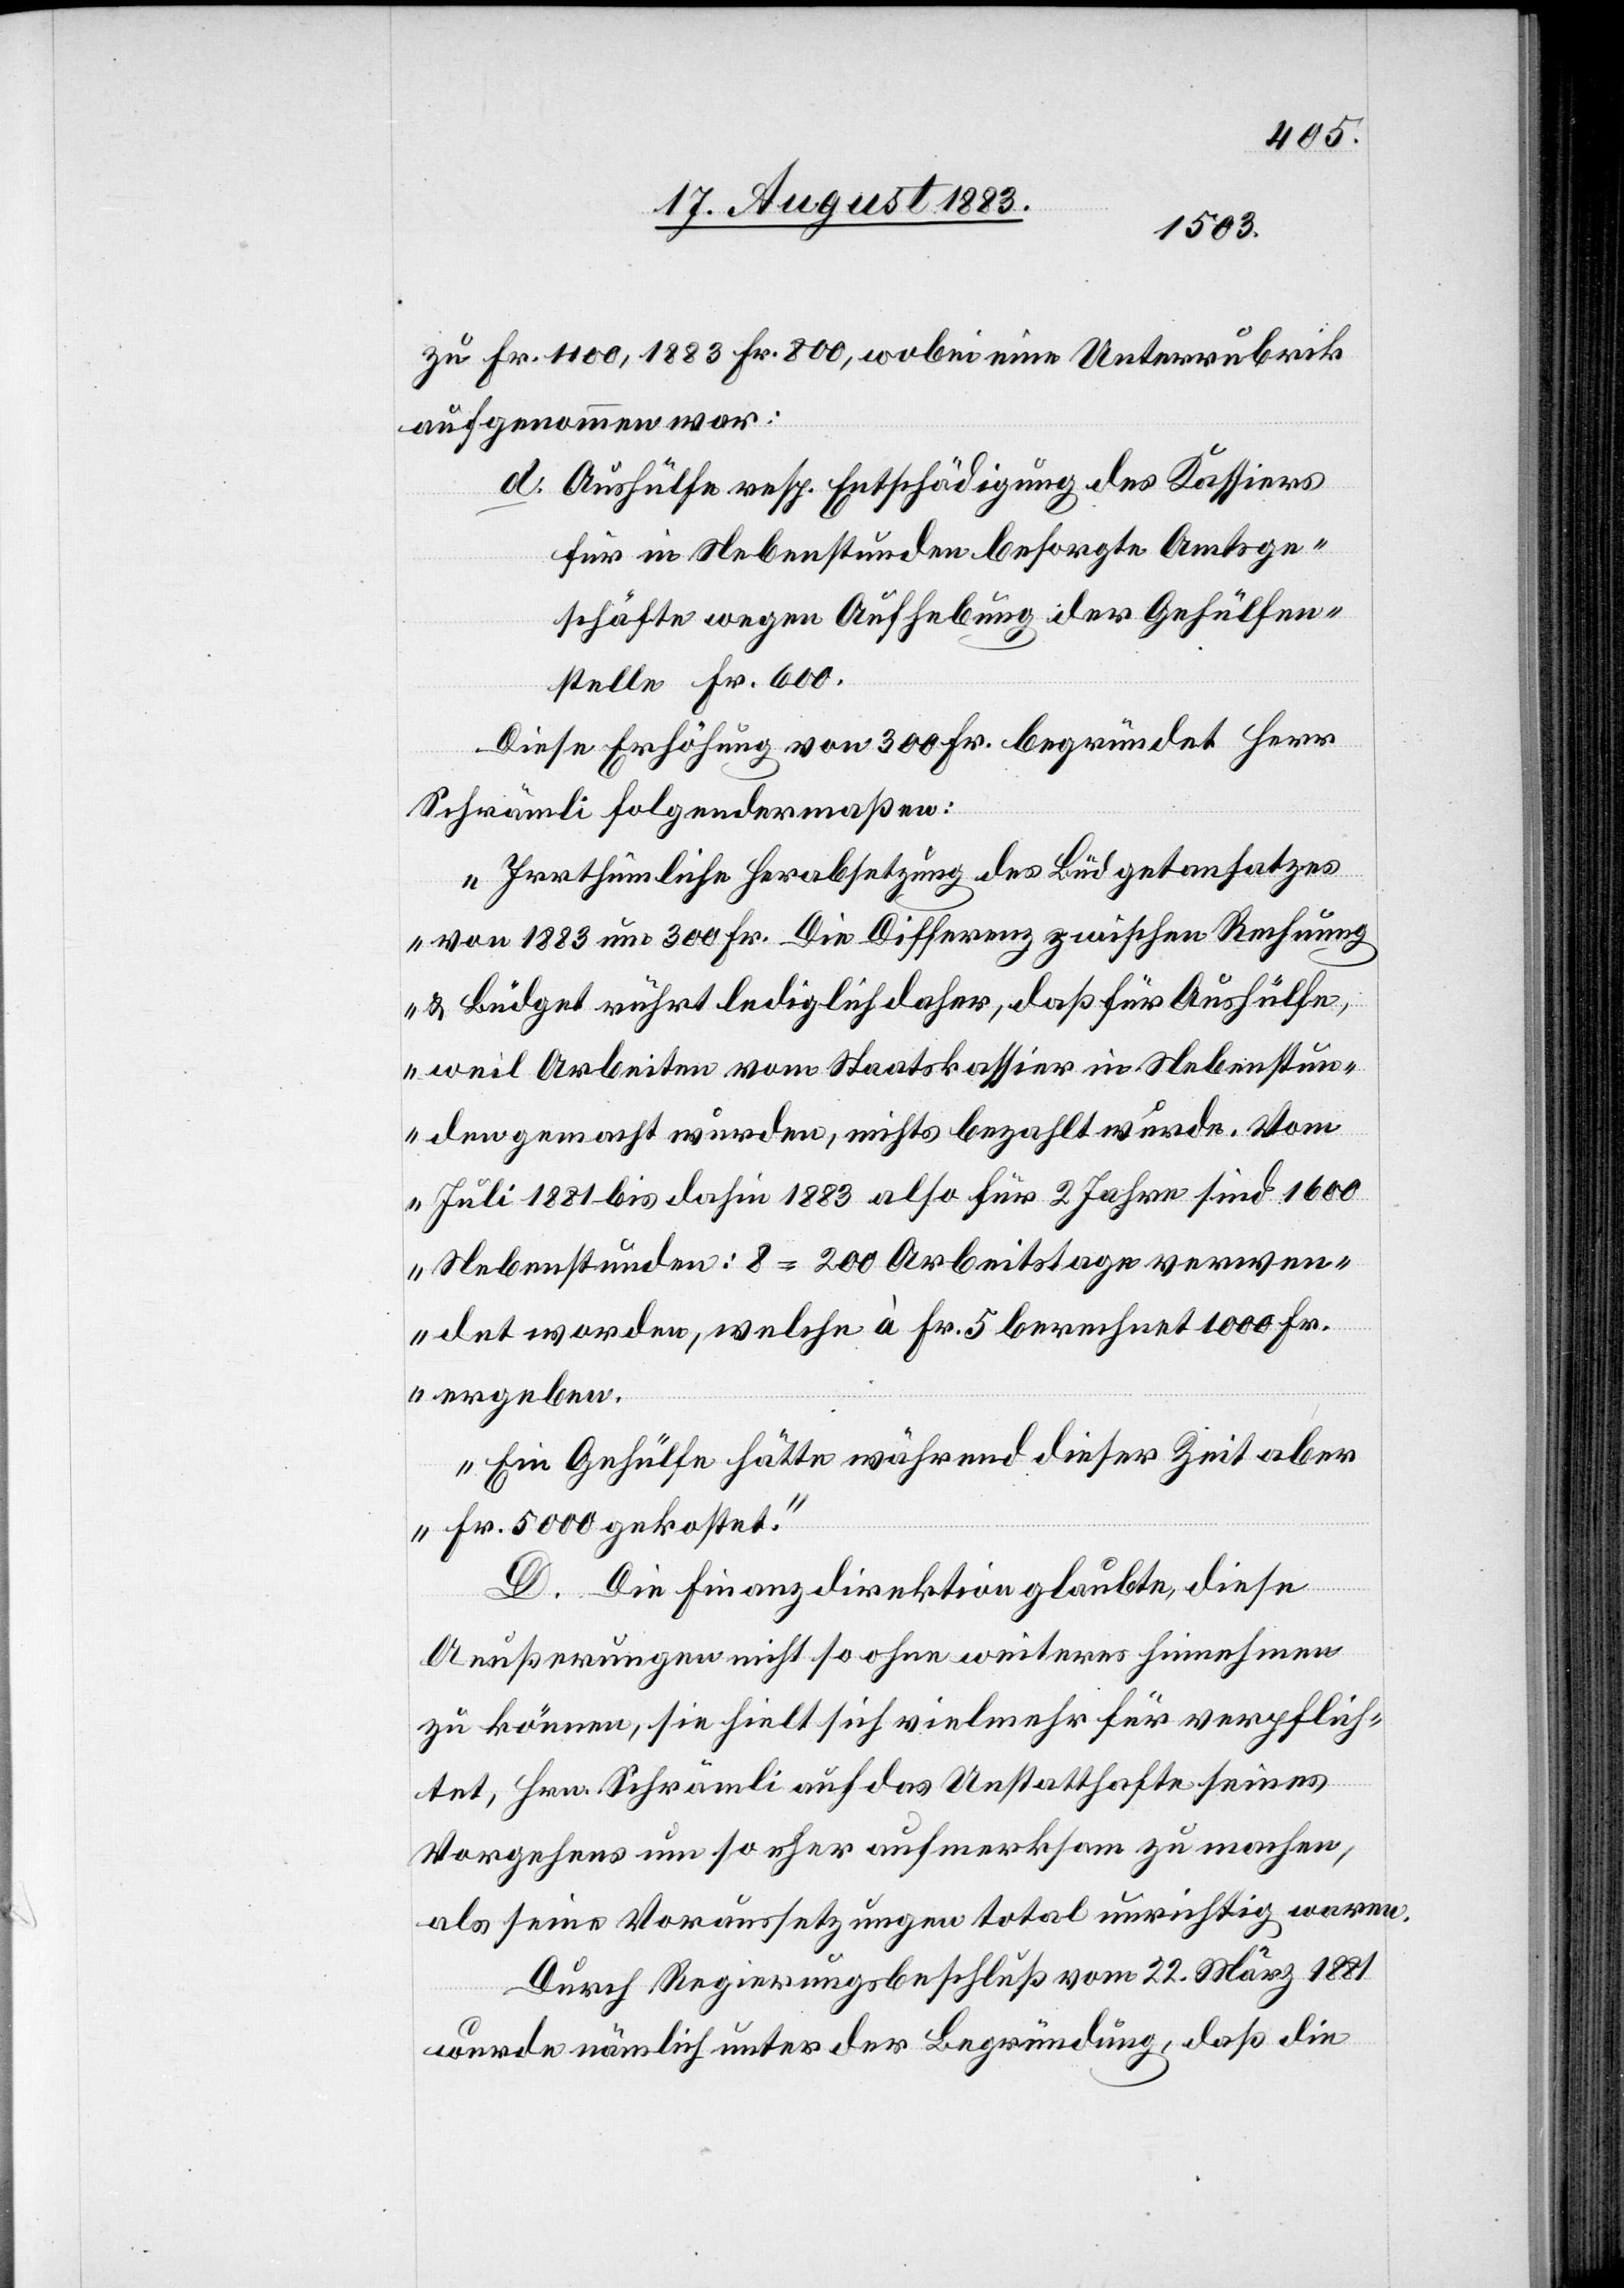
zu Fr. 1100, 1883 Fr. 800, wobei eine Unterrubrik
aufgenommen war:
d. Aushülfe resp. Entschädigung des Kassiers
für die in Nebenstunden besorgte[n] Amtsge¬
schäfte wegen Aufhebung der Gehülfen¬
stelle Fr. 600.
Diese Erhöhung von 300 Fr. begründet Herr
Schrämli folgendermaßen:
„Irrthümliche Herabsetzung des Büdgetansatzes
von 1883 um 300 Fr. Die Differenz zwischen Rechnung
& Büdget rührt lediglich daher, daß für Aushülfe,
weil Arbeiten vom Staatskassier in Nebenstun¬
den gemacht wurden, nichts bezahlt wurde. Vom
Juli 1881 bis dahin 1883 also für 2 Jahre sind 1600
Nebenstunden : 8 = 200 Arbeitstage verwen¬
det worden, welche à Fr. 5 berechnet 1000 Fr.
ergeben.
Ein Gehülfe hätte während dieser Zeit aber
Fr. 5000 gekostet.“
D. Die Finanzdirektion glaubte, diese
Aeußerungen nicht so ohne weiteres hinnehmen
zu können, sie hielt sich vielmehr für verpflich¬
tet, Hrn. Schrämli auf das Unstatthafte seines
Vorgehens um so eher aufmerksam zu machen,
als seine Voraussetzungen total unrichtig waren.
Durch Regierungsbeschluß vom 22. März 1881
wurde nämlich unter der Begründung, daß die